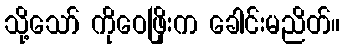
သို့သော် ကိုဝေဖြိုးက ခေါင်းမညိတ်။